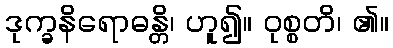
ဒုက္ခနိရောဓန္တိ၊ ဟူ၍။ ဝုစ္စတိ၊ ၏။